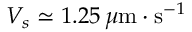
V _ { s } \simeq 1 . 2 5 \, \mu { \mathrm { m } } \cdot { \mathrm { s } } ^ { - 1 }